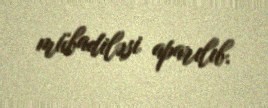
mübadiləsi aparılıb.